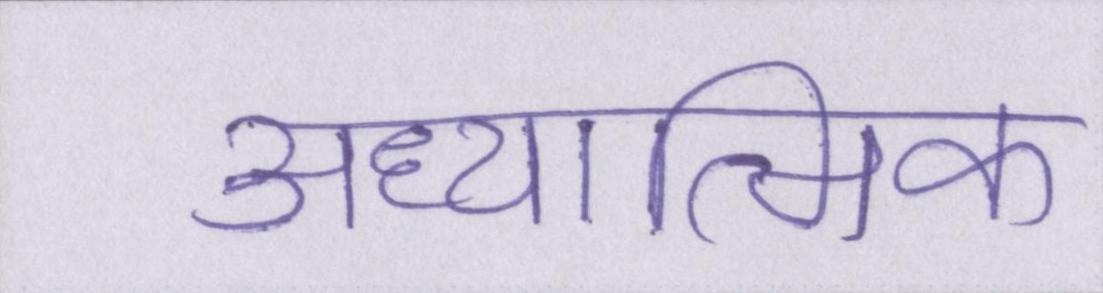
अध्यात्मिक